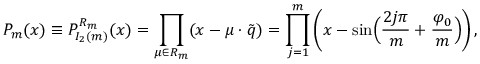
P _ { m } ( x ) \equiv P _ { I _ { 2 } ( m ) } ^ { R _ { m } } ( x ) = \prod _ { \mu \in { R _ { m } } } ( x - \mu \cdot \tilde { q } ) = \prod _ { j = 1 } ^ { m } \left( x - \sin \Bigl ( { \frac { 2 j \pi } { m } } + { \frac { \varphi _ { 0 } } { m } } \Bigr ) \right) ,